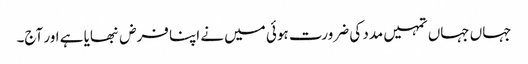
جہاں جہاں تمہیں مدد کی ضرورت ہوئی میں نے اپنا فرض نبھایا ہے اور آج۔